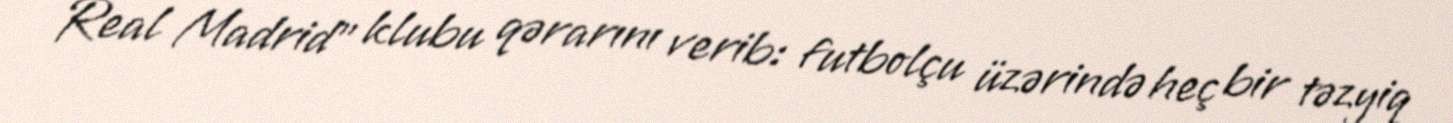
Real Madrid" klubu qərarını verib: futbolçu üzərində heç bir təzyiq